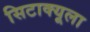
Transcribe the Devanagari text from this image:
सिटाक्यूला